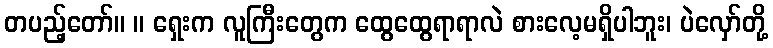
တပည့်တော်။ ။ ရှေးက လူကြီးတွေက ထွေထွေရာရာလဲ စားလေ့မရှိပါဘူး၊ ပဲလှော်တို့